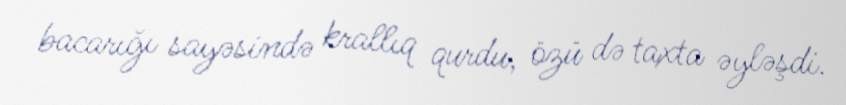
bacarığı sayəsində krallıq qurdu, özü də taxta əyləşdi.